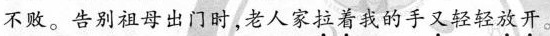
不败。告别祖母出门时，老人家\underset{·}{拉}\underset{·}{着}我的手\underset{·}{又}轻轻\underset{·}{放}\underset{·}{开}。